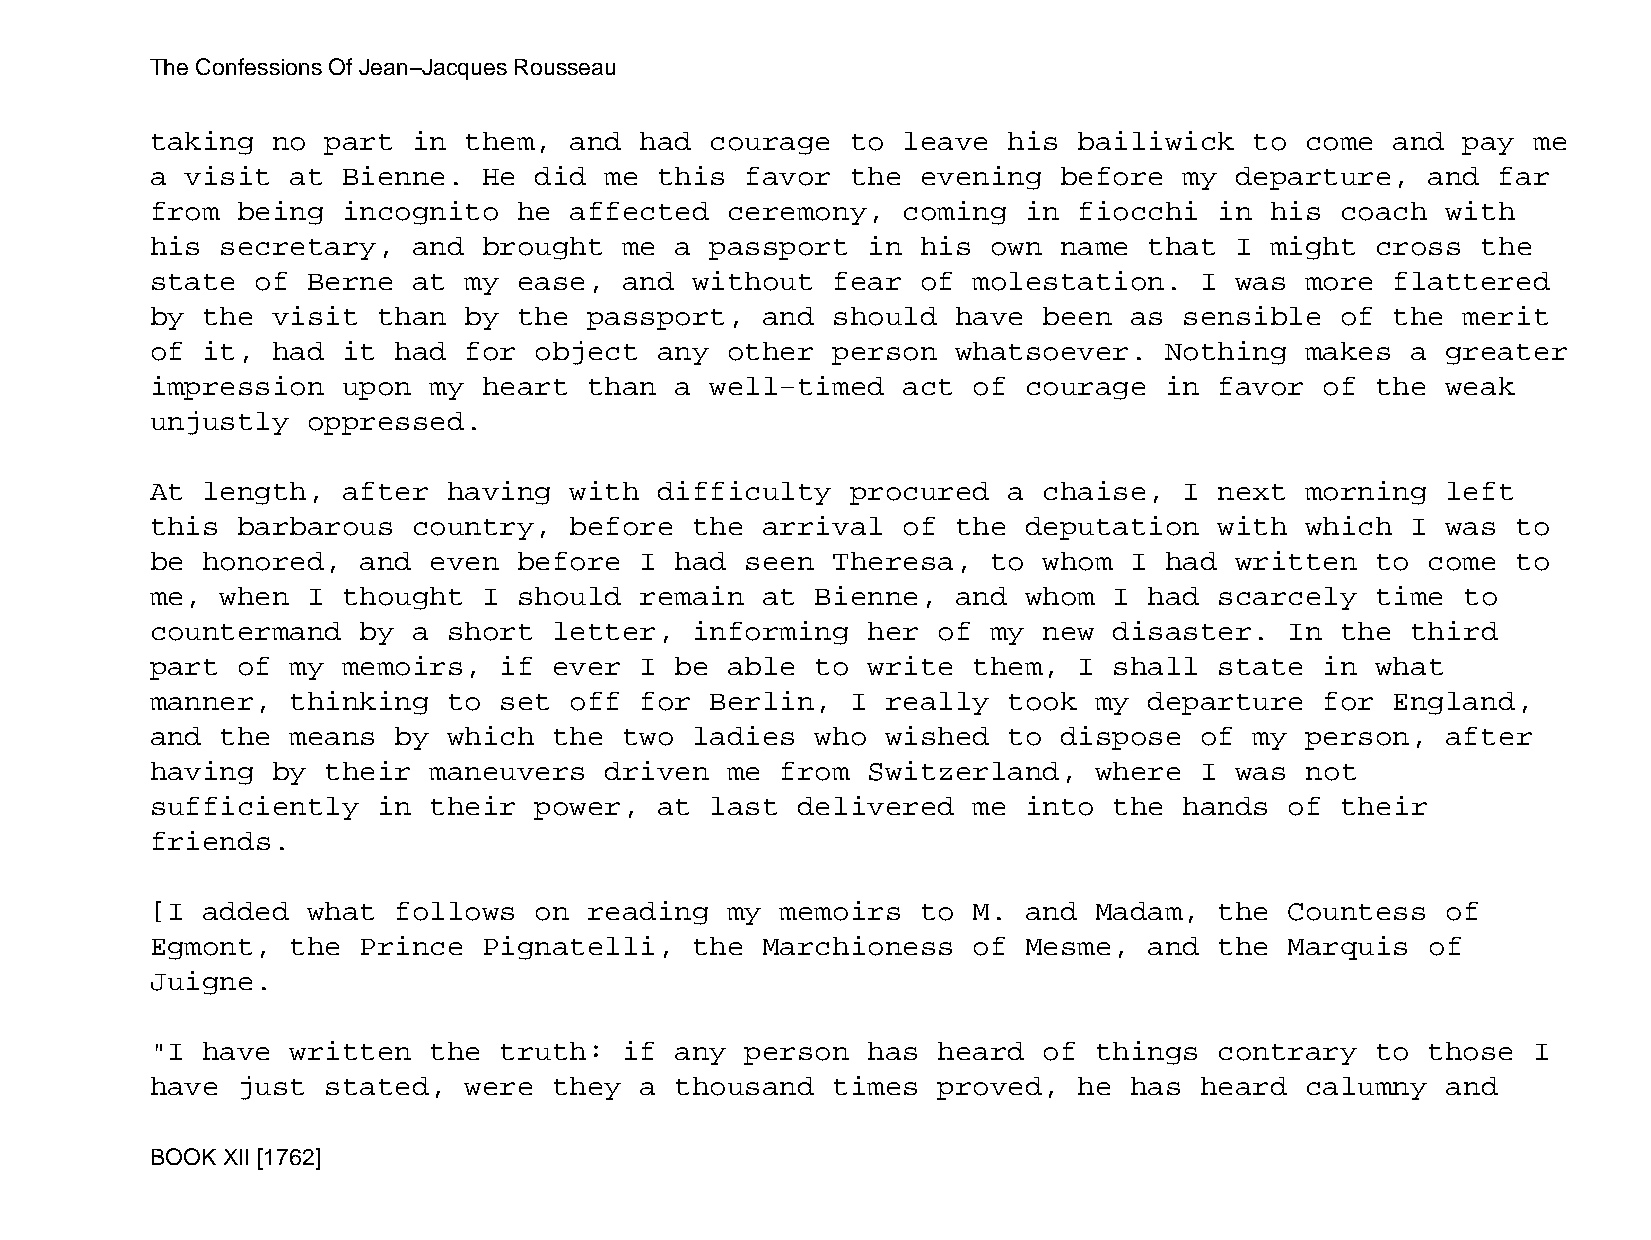
The Confessions Of Jean−Jacques Rousseau
 taking  no  part in  them,  and had  courage  to  leave  his bailiwick   to come  and  pay me
 a visit  at  Bienne.  He did  me  this favor  the  evening  before  my  departure,   and far
 from  being  incognito  he  affected  ceremony,   coming  in fiocchi   in his  coach  with
 his  secretary,  and  brought  me  a passport  in  his  own name  that  I might  cross  the
 state  of Berne  at  my ease,  and  without  fear  of molestation.   I  was more  flattered
 by the  visit  than  by the  passport,  and  should  have  been  as sensible   of the  merit
 of it,  had  it had  for object   any other  person  whatsoever.   Nothing  makes  a  greater
 impression   upon my  heart  than  a well−timed   act of  courage  in  favor  of the  weak
 unjustly  oppressed.
 At length,   after  having  with  difficulty  procured   a chaise,  I  next morning   left
 this  barbarous  country,   before  the arrival   of the  deputation   with which  I  was to
 be honored,   and even  before  I  had seen  Theresa,   to whom  I had  written  to  come to
 me,  when I  thought  I should  remain  at  Bienne,  and  whom  I had  scarcely  time  to
 countermand   by a  short  letter,  informing  her  of  my new  disaster.  In  the third
 part  of my  memoirs,  if  ever I  be able  to write  them,  I  shall  state  in what
 manner,  thinking   to set  off for  Berlin,  I  really  took my  departure   for England,
 and  the means  by  which  the two  ladies  who  wished  to dispose  of  my person,   after
 having  by  their maneuvers   driven  me  from Switzerland,   where  I  was not
 sufficiently   in their  power,   at last  delivered  me  into  the hands  of  their
 friends.
 [I added  what  follows  on  reading  my  memoirs  to M.  and Madam,   the Countess   of
 Egmont,  the  Prince  Pignatelli,   the Marchioness   of  Mesme,  and  the Marquis   of
 Juigne.
 "I have  written  the  truth:  if  any person  has  heard  of things   contrary  to  those I
 have  just  stated,  were  they a  thousand  times  proved,  he  has heard  calumny   and
 BOOK XII [1762]